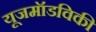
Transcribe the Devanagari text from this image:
यूजमॉडविकी